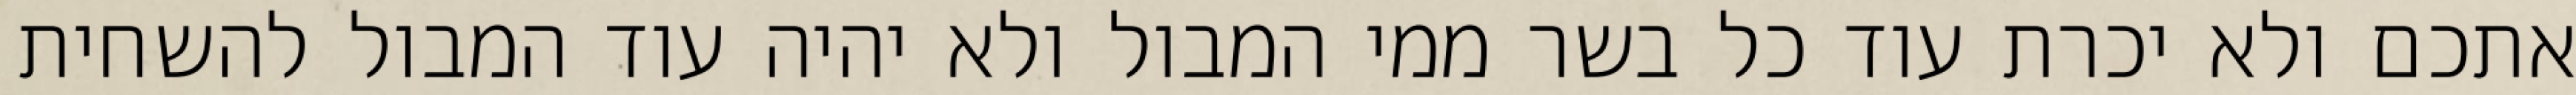
אתכם ולא יכרת עוד כל בשר ממי המבול ולא יהיה עוד המבול להשחית